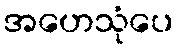
အဟေသုံပေ